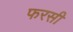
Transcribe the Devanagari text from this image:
फरसी